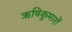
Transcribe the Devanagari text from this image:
ऋषिकुमारों